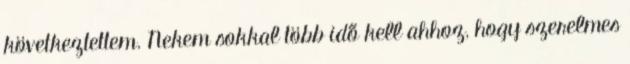
következtettem. Nekem sokkal több idő kell ahhoz, hogy szerelmes